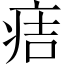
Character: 𤵹